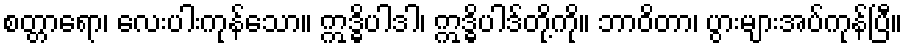
စတ္တာရော၊ လေးပါးကုန်သော။ ဣဒ္ဓိပါဒါ၊ ဣဒ္ဓိပါဒ်တို့ကို။ ဘာဝိတာ၊ ပွားများအပ်ကုန်ပြီ။